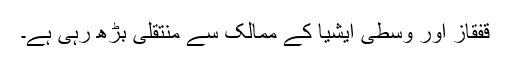
قفقاز اور وسطی ایشیا کے ممالک سے منتقلی بڑھ رہی ہے۔